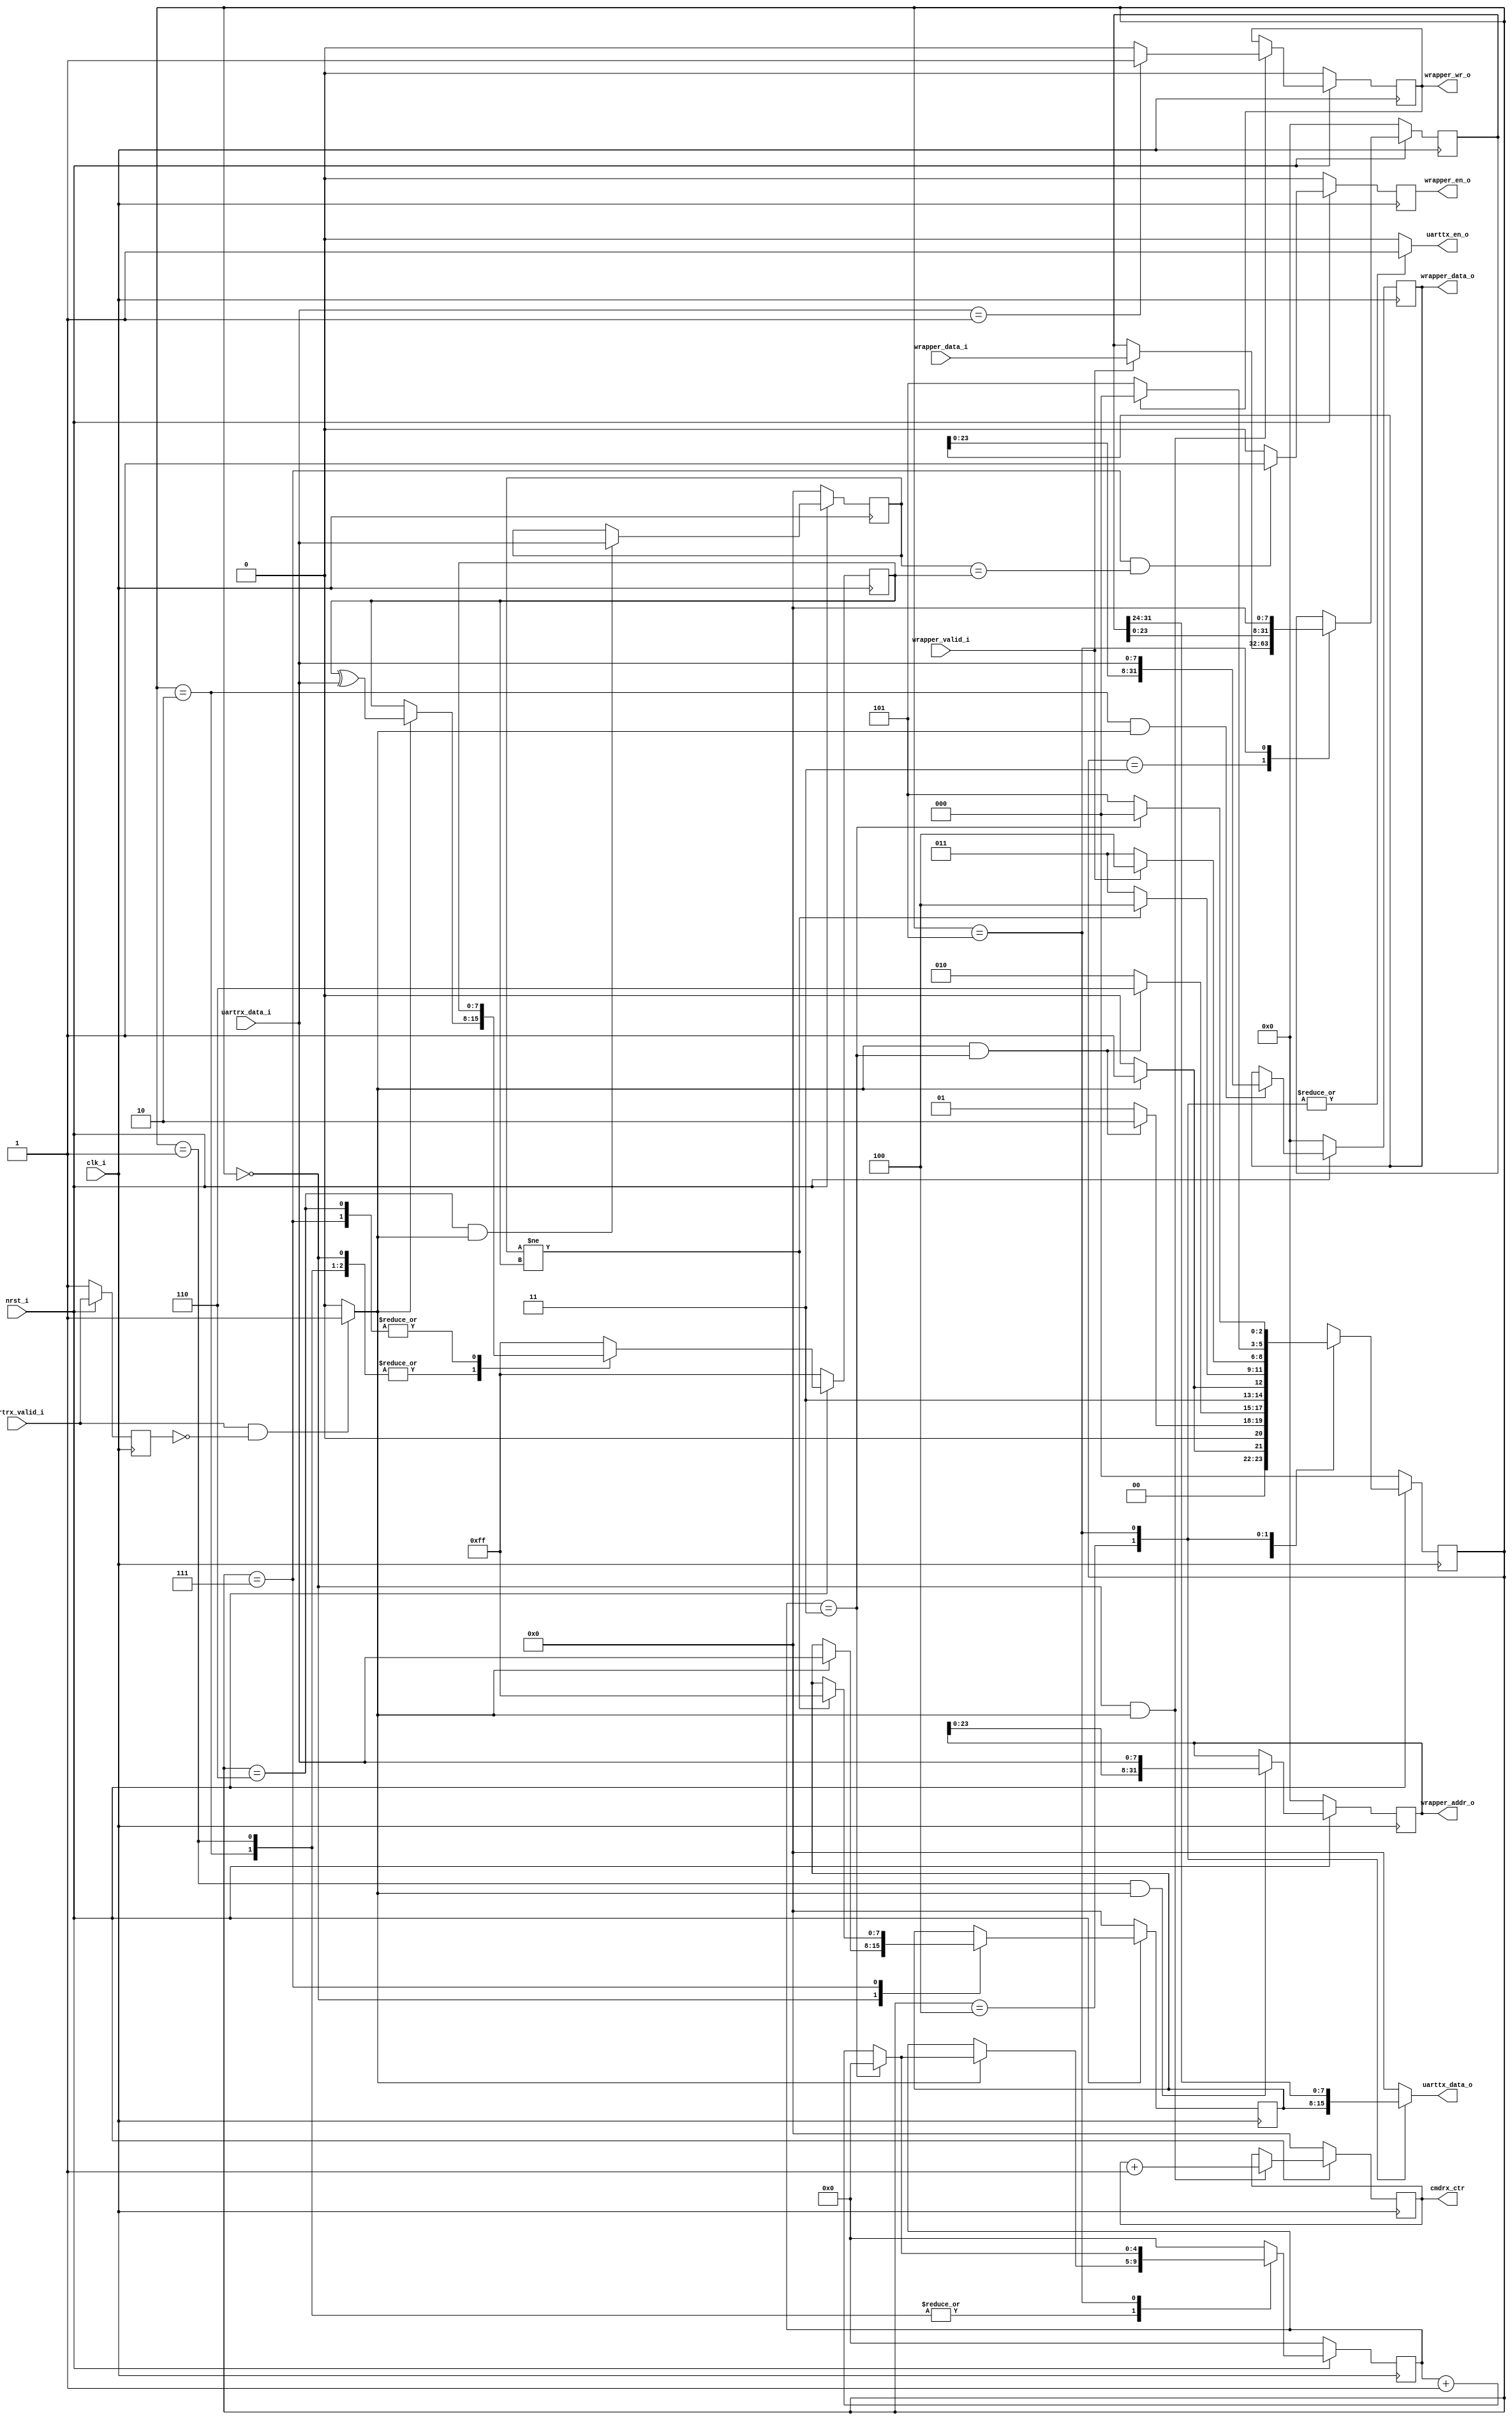
module uartwb_control #(
  parameter [7:0] ADDR_WID = 32,
  parameter [7:0] DATA_WID = 32
  )(
  input  wire                  clk_i,
  input  wire                  nrst_i,

  /* UART Rx Interface */
  input  wire                  uartrx_valid_i,  // Rising-edge enable
  input  wire [7:0]            uartrx_data_i,

  /* UART Tx (Buffer) Interface */
  output reg                   uarttx_en_o,     // Single pulse enable
  output reg  [7:0]            uarttx_data_o,

  /* WB Wrapper Interface */
  output wire                  wrapper_wr_o,
  output reg                   wrapper_en_o,
  input  wire                  wrapper_valid_i,
  output wire [ADDR_WID-1 : 0] wrapper_addr_o,
  output wire [DATA_WID-1 : 0] wrapper_data_o,
  input  wire [DATA_WID-1 : 0] wrapper_data_i,

  /* Debug */
  output reg  [7:0]            cmdrx_ctr
  );

  localparam [4:0] ADDR_BYTES = ADDR_WID[7:3];
  localparam [4:0] DATA_BYTES = DATA_WID[7:3];

  reg [4:0] byte_ctr;
  reg [7:0] cmd;
  reg [ADDR_WID-1 : 0] addr;
  reg [DATA_WID-1 : 0] dout, din;
  reg [7:0] chksum, chksum_calc;
  reg wr;

  /* UART Rx rising edge detect */
  reg uartrx_valid_q;
  always@(posedge clk_i)
    if (!nrst_i)
      uartrx_valid_q <= 1'b1;
    else
      uartrx_valid_q <= uartrx_valid_i;

  wire uartrx_en;
  assign uartrx_en = (uartrx_valid_i & !uartrx_valid_q)? 1'b1 : 0;

  reg [2:0] state;
  localparam S_IDLE    = 0;
  localparam S_RX_ADDR = 1;
  localparam S_RX_DATA = 2;
  localparam S_RX_CHK  = 6;
  localparam S_CHK1    = 7;
  localparam S_CHK2    = 8;
  localparam S_WB_REQ  = 3;
  localparam S_TX_CMD  = 4;
  localparam S_TX_DATA = 5;
  
  always@(posedge clk_i)
    if (!nrst_i)
      state <= S_IDLE;
    else
      case(state)
        S_IDLE:
          if (uartrx_en)
            state <= S_RX_ADDR;
          else
            state <= S_IDLE;

        S_RX_ADDR:
          if (uartrx_en && (byte_ctr == (ADDR_BYTES-1)))
            state <= S_RX_DATA;
          else
            state <= S_RX_ADDR;

        S_RX_DATA:
          if (uartrx_en && (byte_ctr == (DATA_BYTES-1)))
            //state <= S_WB_REQ;
            state <= S_RX_CHK;
          else
            state <= S_RX_DATA;

        S_RX_CHK:
          if (uartrx_en)
            state <= S_CHK1;
          else
            state <= S_RX_CHK;

        S_CHK1:
          if (chksum != chksum_calc)
            state <= S_TX_CMD;
          else
            state <= S_WB_REQ;

        S_WB_REQ:
          if (wrapper_valid_i)
            state <= S_TX_CMD;
            /*if (!wr)
              state <= S_TX_DATA;
            else
              state <= S_TX_CMD;*/
          else
            state <= S_WB_REQ;

        S_TX_CMD:
          if (!wr)
            state <= S_TX_DATA;
          else
            state <= S_IDLE;

        S_TX_DATA:
          if (byte_ctr == (DATA_BYTES-1))
            state <= S_IDLE;
          else
            state <= S_TX_DATA;
            
        default:
          state <= S_IDLE;
      endcase

  always@(posedge clk_i)
    if (!nrst_i)
      byte_ctr <= 0;
    else
      case(state)
        S_RX_ADDR:
          if (uartrx_en)
            if (byte_ctr == (ADDR_BYTES-1))
              byte_ctr <= 0;
            else
              byte_ctr <= byte_ctr + 1;
          else
            byte_ctr <= byte_ctr;

        S_RX_DATA:
          if (uartrx_en)
            if (byte_ctr == (DATA_BYTES-1))
              byte_ctr <= 0;
            else
              byte_ctr <= byte_ctr + 1;

        S_TX_DATA:
          if (byte_ctr == (DATA_BYTES-1))
            byte_ctr <= 0;
          else
            byte_ctr <= byte_ctr + 1;

        default:
          byte_ctr <= 0;
      endcase

  always@(posedge clk_i)
    if (!nrst_i)
      wr <= 0;
    else
      if ((state == S_IDLE) && uartrx_en)
        if (uartrx_data_i == 8'd1)
          wr <= 1'b1;
        else
          wr <= 0;

      else
        wr <= wr;

  always@(posedge clk_i)
    if (!nrst_i)
      cmd <= 0;
    else
      case(state)
        S_IDLE:
          if (uartrx_en)
            cmd <= uartrx_data_i;
          else
            cmd <= cmd;
        S_CHK1:
          if (chksum != chksum_calc)
            cmd <= 8'hff;
          else
            cmd <= cmd;
        default:
          cmd <= cmd;
      endcase

      /*if ((state == S_IDLE) && uartrx_en)
        cmd <= uartrx_data_i;
      else
        cmd <= cmd;*/

  always@(posedge clk_i)
    if (!nrst_i)
      addr <= 0;
    else
      if ((state == S_RX_ADDR) && uartrx_en)
        addr <= {addr[ADDR_WID-9 : 0], uartrx_data_i};
      else
        addr <= addr;
      
  always@(posedge clk_i)
    if (!nrst_i)
      dout <= 0;
    else
      if ((state == S_RX_DATA) && uartrx_en)
        dout <= {dout[DATA_WID-9 : 0], uartrx_data_i};
      else
        dout <= dout;

  always@(posedge clk_i)
    if (!nrst_i)
      chksum <= 0;
    else
      if ((state == S_RX_CHK) && uartrx_en)
        chksum <= uartrx_data_i;
      else
        chksum <= chksum;

  always@(posedge clk_i)
    if (!nrst_i)
      din <= 0;
    else
      case(state)
        S_WB_REQ:
          if (wrapper_valid_i)
            din <= wrapper_data_i;

        S_TX_DATA:
          din <= {din[DATA_WID-9 : 0], 8'd0};
        default:
          din <= din;
      endcase

  always@(*)
    case(state)
      S_TX_CMD:
        uarttx_data_o <= cmd;

      S_TX_DATA:
        uarttx_data_o <= din[DATA_WID-1 : DATA_WID-8]; 

      default:
        uarttx_data_o <= 0;
    endcase

  always@(*)
    case(state)
      S_TX_CMD, S_TX_DATA:
        uarttx_en_o <= 1'b1;
      default:
        uarttx_en_o <= 0;
    endcase

  assign wrapper_wr_o   = wr;
  assign wrapper_addr_o = addr;
  assign wrapper_data_o = dout;
  always@(posedge clk_i)
    if (!nrst_i)
      wrapper_en_o <= 0;
    else
      //if ((state == S_RX_DATA) && uartrx_en && (byte_ctr == (DATA_BYTES-1)))
      if ((state == S_CHK1) && (chksum == chksum_calc))
        wrapper_en_o <= 1'b1;
      else
        wrapper_en_o <= 0;

  always@(posedge clk_i)
    if (!nrst_i)
      cmdrx_ctr <= 0;
    else
      if ((state == S_IDLE) && uartrx_en)
        cmdrx_ctr <= cmdrx_ctr + 1;
      else
        cmdrx_ctr <= cmdrx_ctr;

  /* Checksum Calculation
   * - 0xff xor'ed to each byte
   */
  always@(posedge clk_i)
    if (!nrst_i)
      chksum_calc <= 8'hff;
    else
      case(state)
        S_IDLE, S_RX_ADDR, S_RX_DATA:
          if (uartrx_en)
            chksum_calc <= chksum_calc ^ uartrx_data_i;
          else
            chksum_calc <= chksum_calc;

        S_RX_CHK, S_CHK1, S_CHK2:
          chksum_calc <= chksum_calc;

        default:
          chksum_calc <= 8'hff;
      endcase
      
endmodule